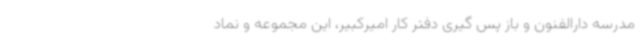
مدرسه دارالفنون و باز پس گیری دفتر کار امیرکبیر، این مجموعه و نماد